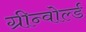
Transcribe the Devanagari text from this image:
ग्रीन्वोर्ल्ड